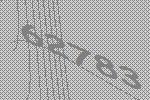
62783